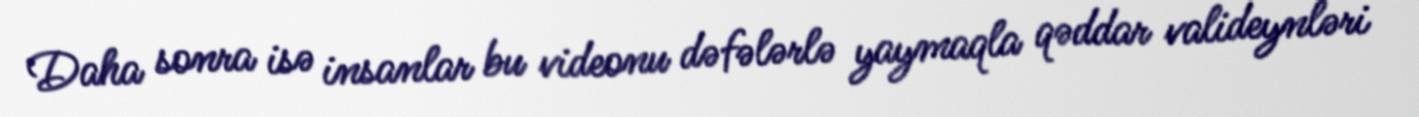
Daha sonra isə insanlar bu videonu dəfələrlə yaymaqla qəddar valideynləri